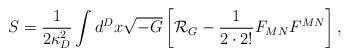
LaTeX: \begin{align*}S={1\over{2\kappa^2_D}}\int d^Dx\sqrt{-G}\left[{\cal R}_{G}-{1\over{2\cdot 2!}}F_{MN}F^{MN}\right],\end{align*}